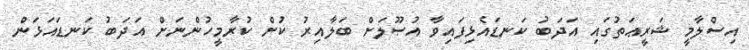
އިސްލާމީ ޝަރީޢަތުގައި އަދަބު ކަނޑައެޅިފައިވާ އުޞޫލަށް ބަލާއިރު ކުށް ކުރާމީހުންނަށް އަދަބު ކަނޑައަޅަން